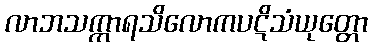
လာဘသက္ကာရသိလောကပဋိသံယုတ္တော